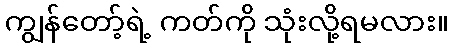
ကျွန်တော့်ရဲ့ ကတ်ကို သုံးလို့ရမလား။